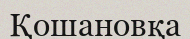
Қошановқа